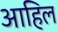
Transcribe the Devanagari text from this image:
आहिल